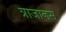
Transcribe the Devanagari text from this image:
त्राजानस